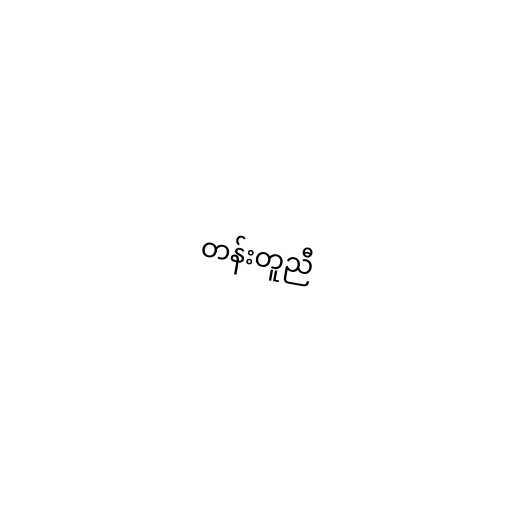
တန်းတူညီ